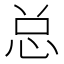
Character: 总